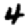
Digit: 4